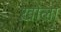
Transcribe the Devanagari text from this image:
ख़ोला